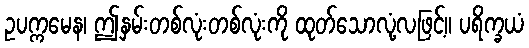
ဥပက္ကမေန၊ ဤနှမ်းတစ်လုံးတစ်လုံးကို ထုတ်သောလုံ့လဖြင့်။ ပရိက္ခယံ